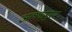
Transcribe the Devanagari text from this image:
अल्लापुरम